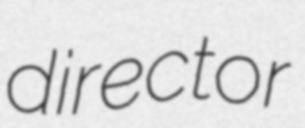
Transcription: director